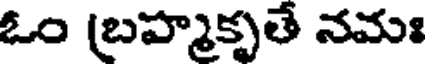
ఓం బ్రహ్మకృతే నమః